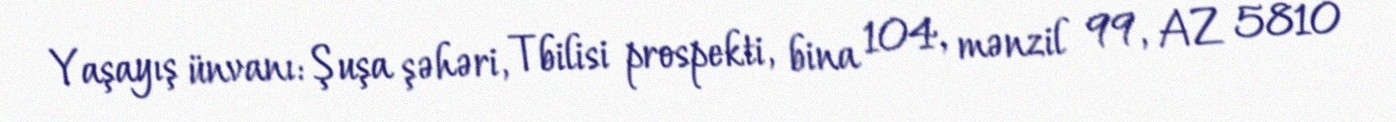
Yaşayış ünvanı: Şuşa şəhəri, Tbilisi prospekti, bina 104, mənzil 99, AZ 5810